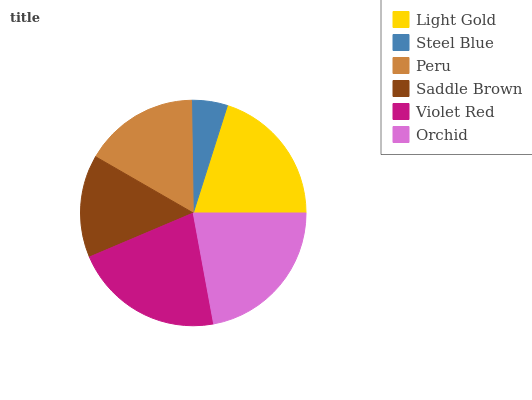
| Light Gold | Steel Blue | Peru | Saddle Brown | Violet Red | Orchid |
 | --- | --- | --- | --- | --- | --- |
 | 20.1% | 5.15% | 16.4% | 14.7% | 21.5% | 22.1% |